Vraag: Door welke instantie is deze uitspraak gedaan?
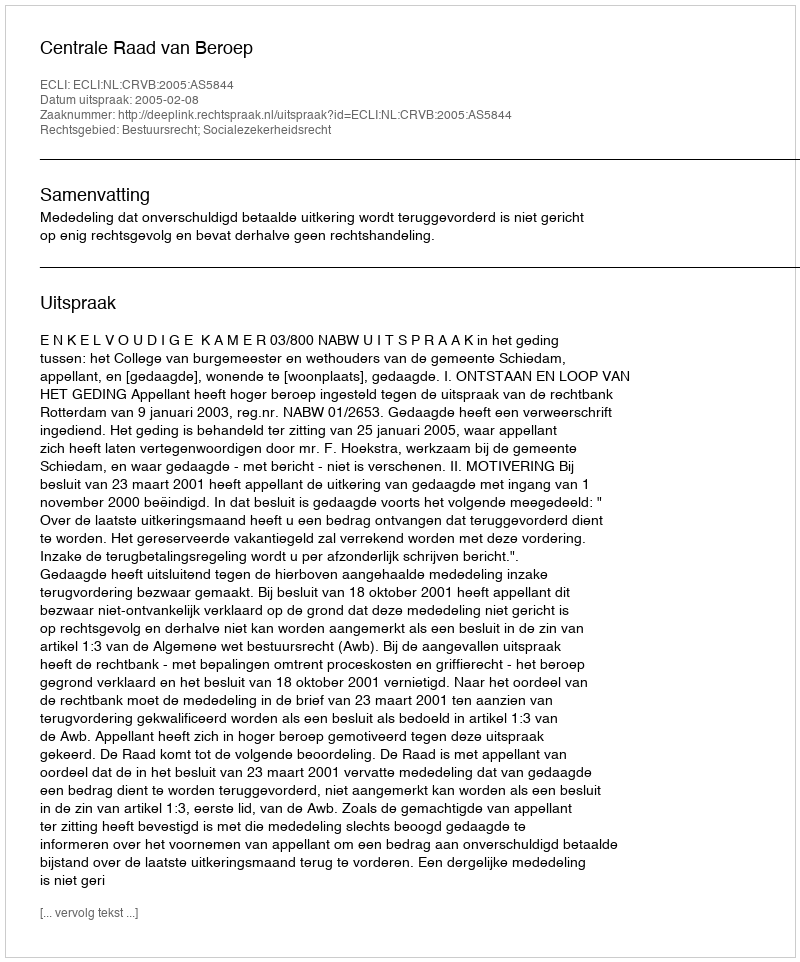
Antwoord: Centrale Raad van Beroep